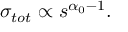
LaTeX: \sigma _ { t o t } \propto s ^ { \alpha _ { 0 } - 1 } .